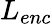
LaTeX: L_{enc}